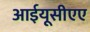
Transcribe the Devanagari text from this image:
आईयूसीएए